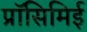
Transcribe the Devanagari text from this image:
प्रॉसिमिई